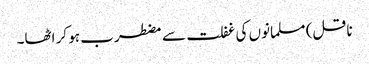
ناقل) مسلمانوں کی غفلت سے مضطرب ہو کر اٹھا۔